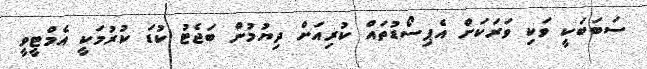
ސަބަބަކީ ވަކި ވަރަކަށް އެޕިސޯޑުތައް ކުރިއަށް ދިޔުމުން ބަޖެޓު ކުޑަ ކުރުމަކީ އެމްޓީވީ